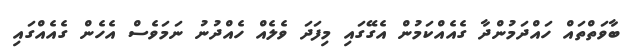
ބާވަތްތައް ހައްދަމުންދާ ގެއެއްކަމުން އެގޭގައި މިފަދަ ވެލެއް ހެއްދުނު ނަމަވެސް އެހެން ގެއެއްގައި